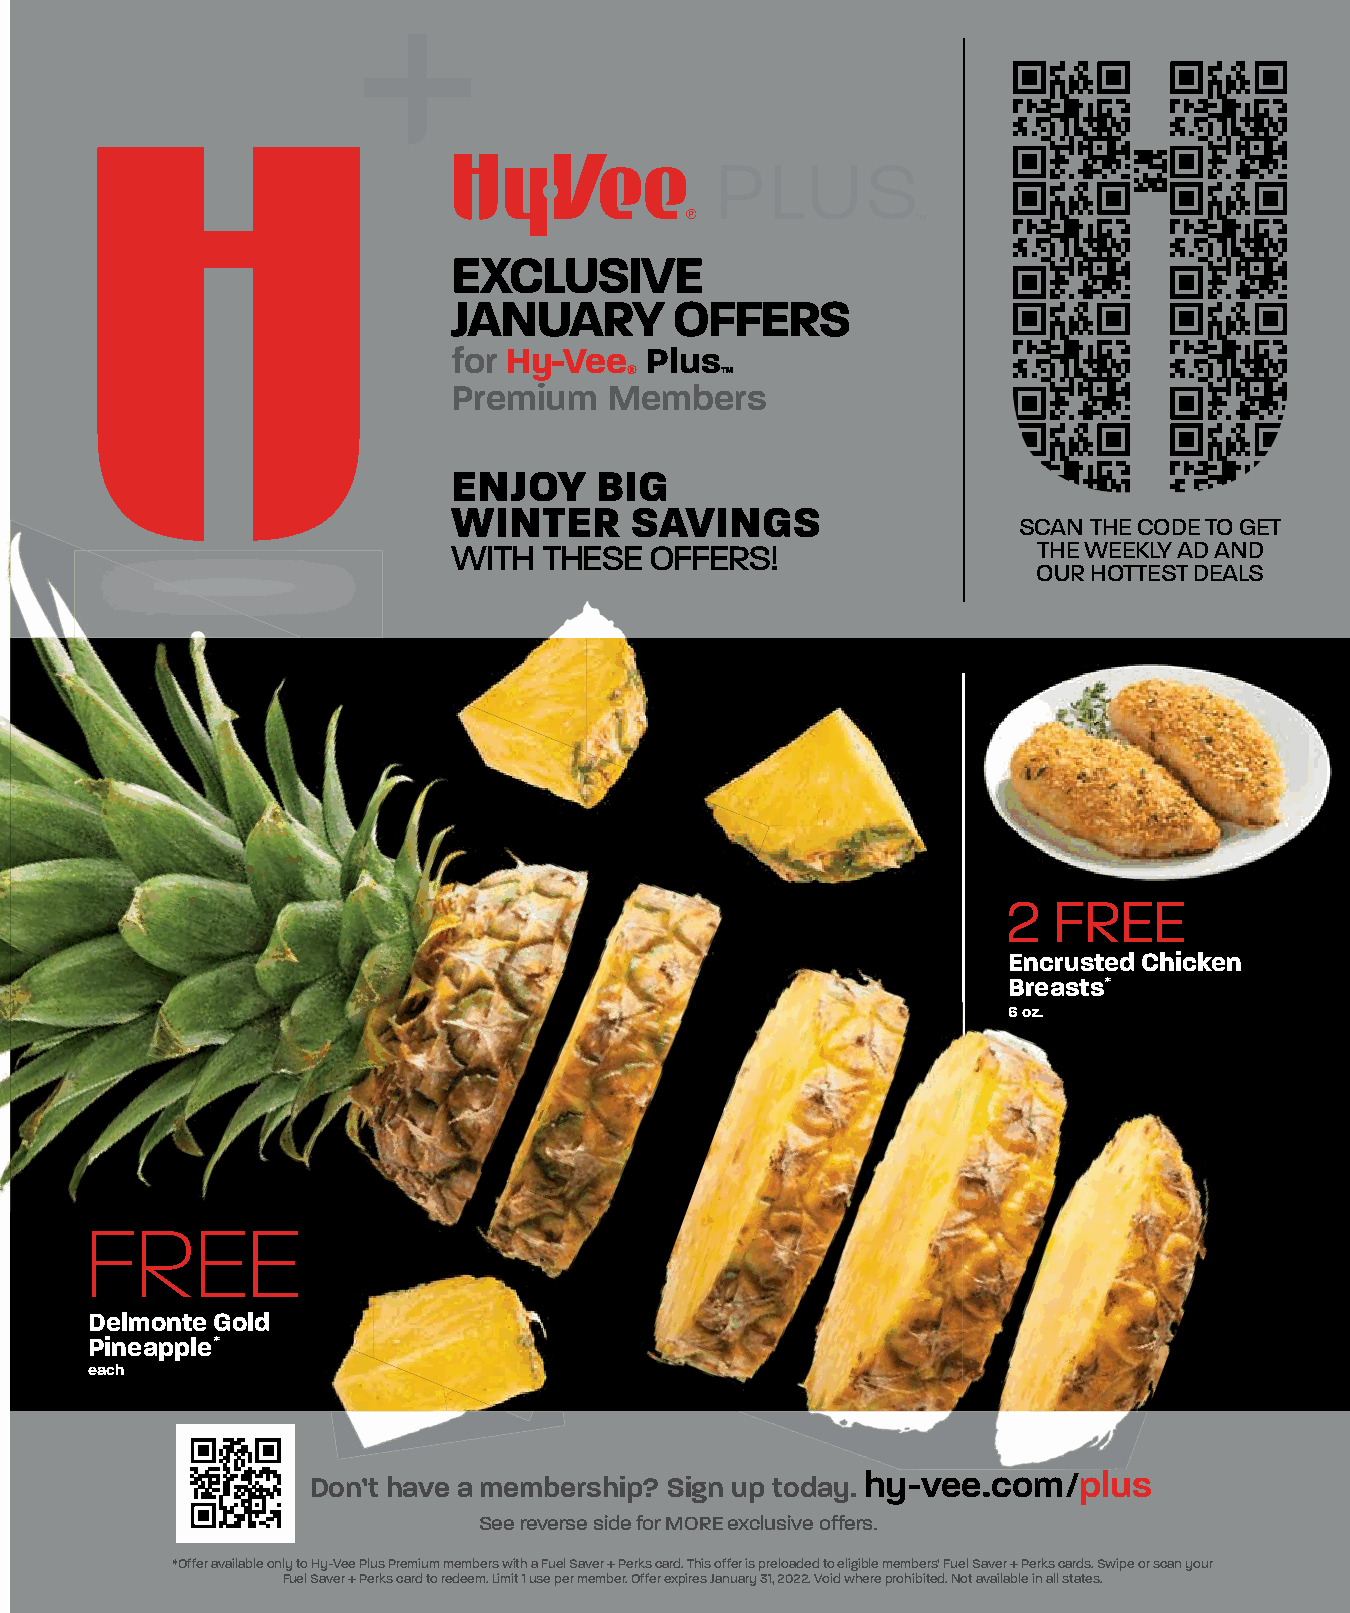
EXCLUSIVE
 JANUARY        OFFERS
 for Hy-Vee   Plus
 ®     ™
 Premium   Members
 ENJOY    BIG
 WINTER      SAVINGS
 SCAN THE CODE TO GET
 WITH  THESE  OFFERS!                   THE WEEKLY AD AND
 OUR HOTTEST DEALS
 2  FREE
 Encrusted Chicken
 Breasts*
 6 oz.
 FREE
 Delmonte Gold
 Pineapple*
 each
 Don’t have a membership? Sign up today. hy-vee.com/plus
 See reverse side for MORE exclusive offers.
 *Offer available only to Hy-Vee Plus Premium members with a Fuel Saver + Perks card. This offer is preloaded to eligible members’ Fuel Saver + Perks cards. Swipe or scan your
 Fuel Saver + Perks card to redeem. Limit 1 use per member. Offer expires January 31, 2022. Void where prohibited. Not available in all states.
 HH--PPLLUUSS__JJaannuuaarryy SSeeaassoonnss CCoouuppoonnss__1111..1177..iinndddd 11 1111//1177//2211 44::4499 PPMM
 v t